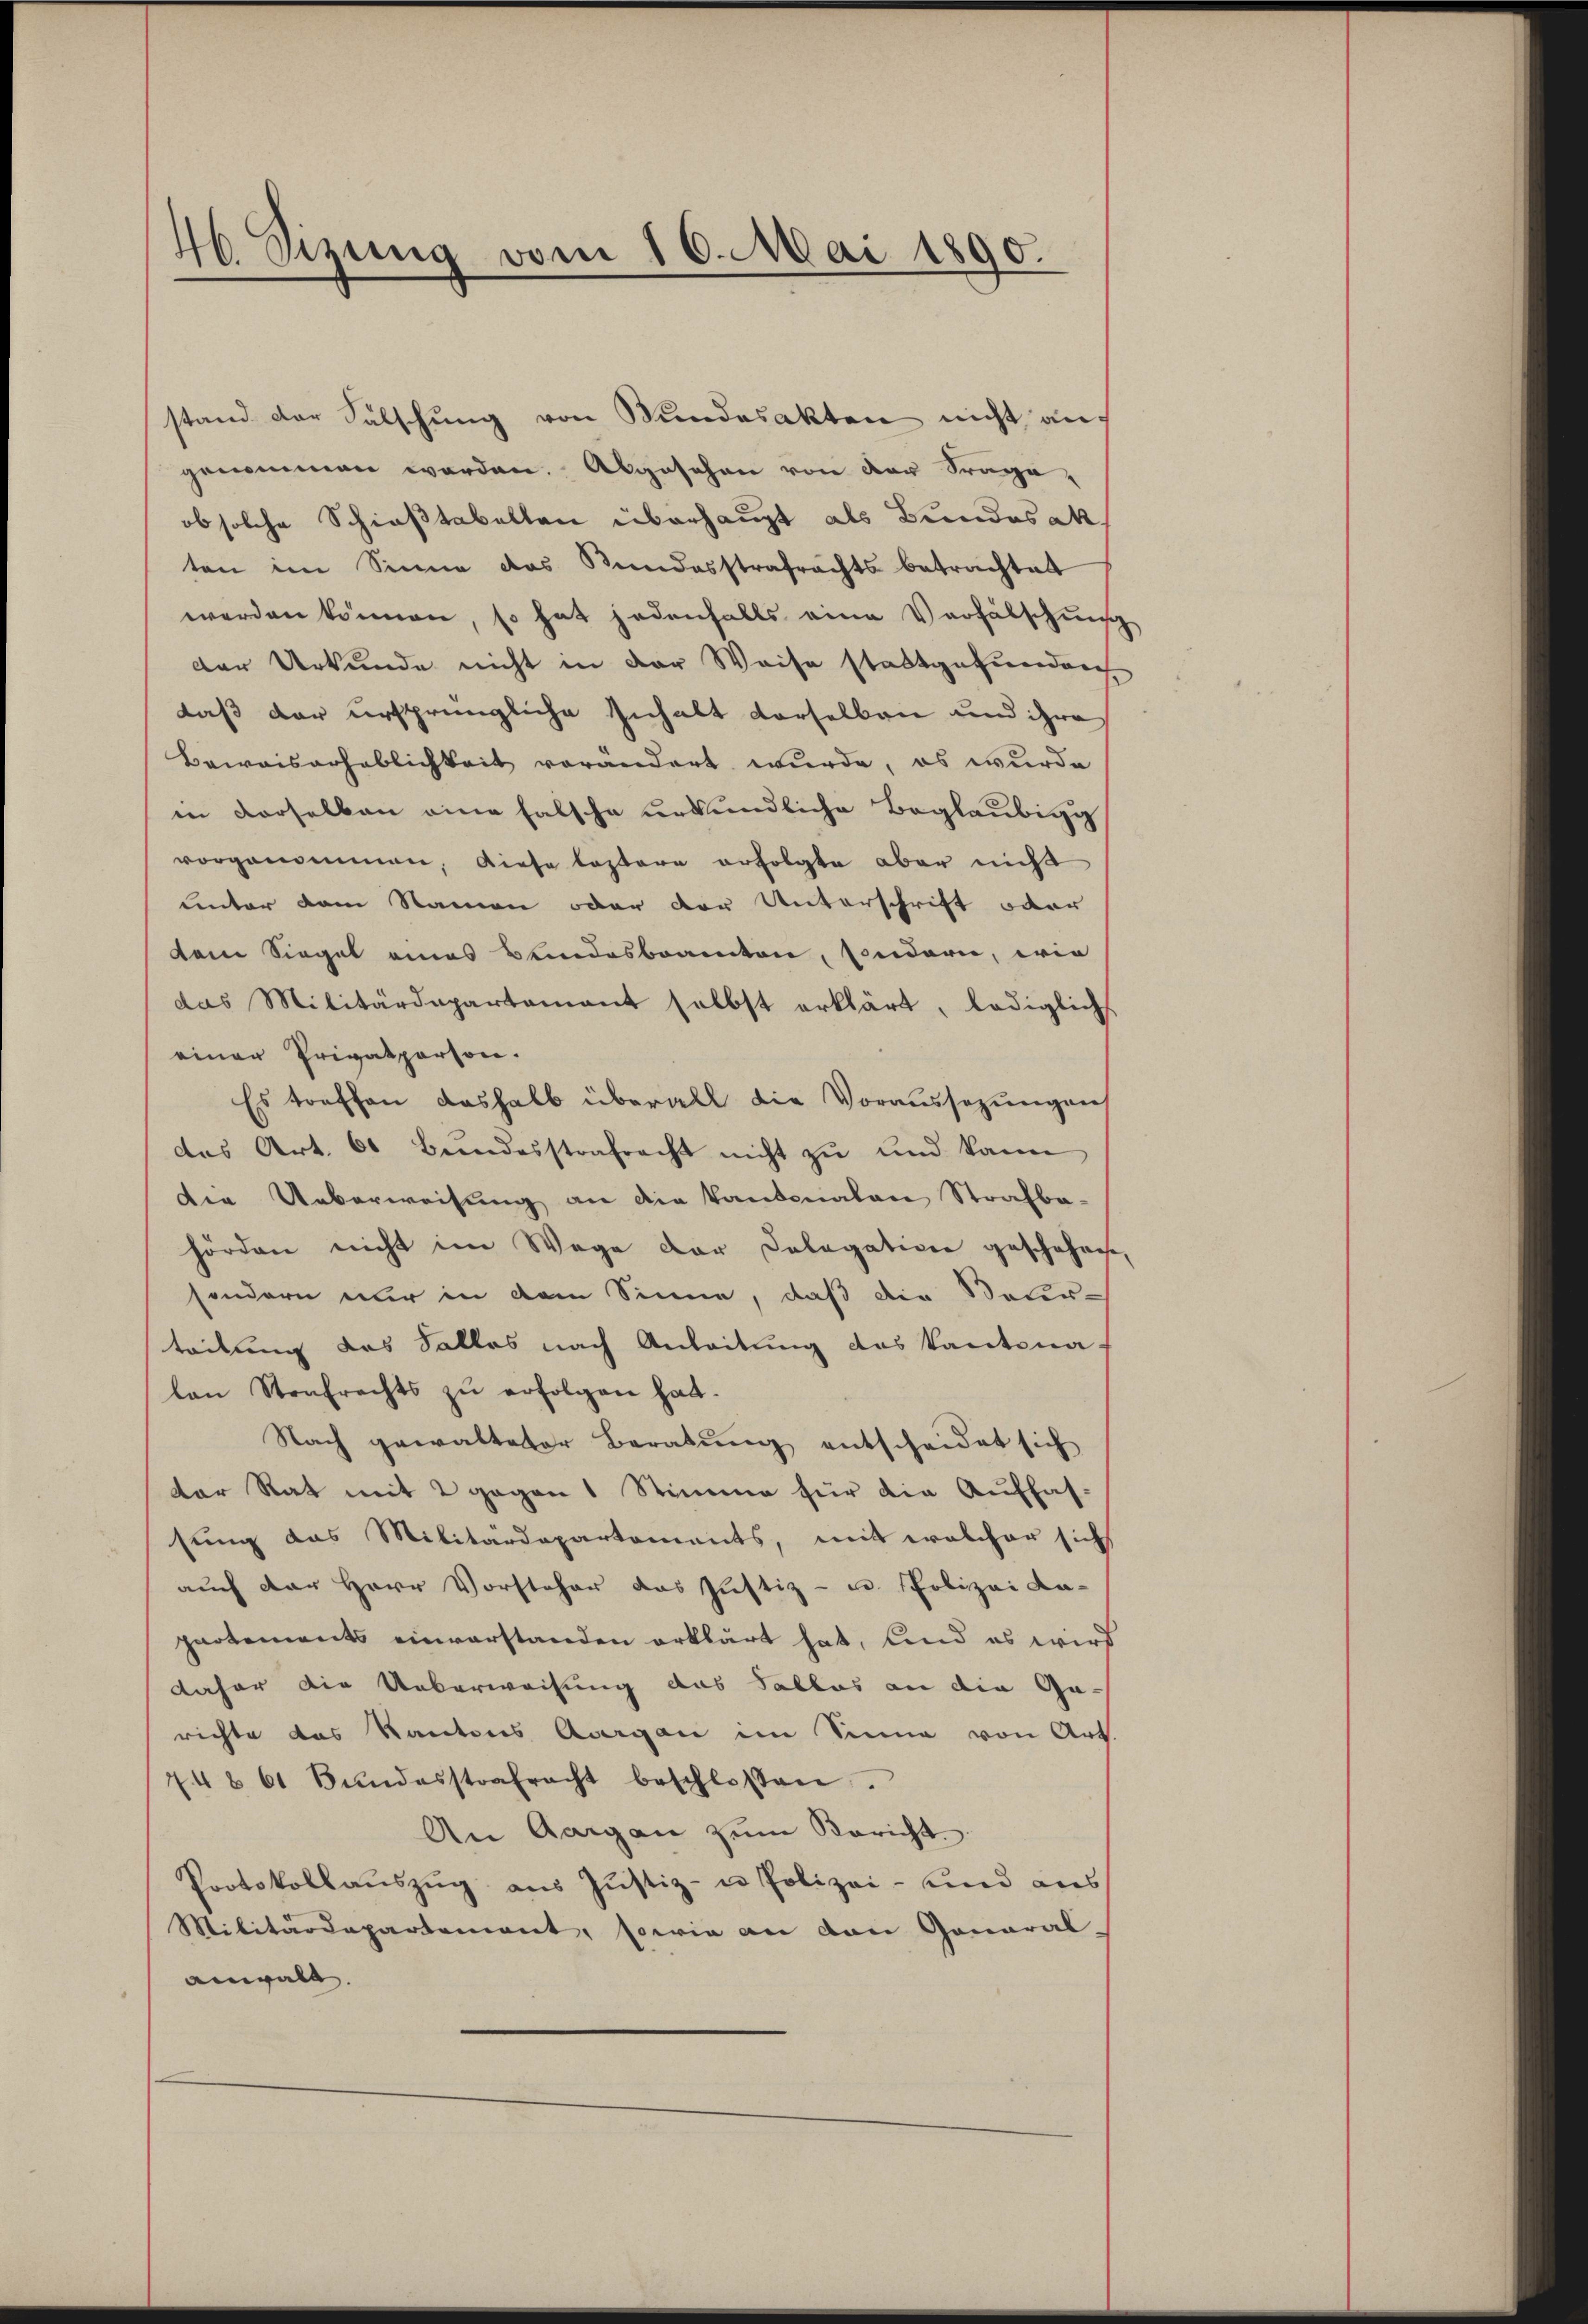
46 Sizung vom 16. Mai 1890.

stand der Falschung von Bundesakten nicht auf
genommen worden. Abgesehen von der Frage,
ob solche Schießtabellen überhaupt als Bundesak
ten im Sinne das Kundesstrafrachts betrachtet
werden können, so hat jedenfalls eine Verfälschun
der Urkunde nicht in der Weise stattgefunden
daß der ursprüngliche Inhalt derselben und ihre
Bewaiserheblichkeit verändert wurde, es wurde
in derselben eine falsche urkundliche Beglaubig
vorgenommen, diese leztere erfolgte aber nicht
unter dem Namen oder der Unterschrift oder
dem Siegel eines Bundesbeamten, sondern, wie
das Militärdepartamant selbst erklärt, lediglich
einer Privatperson.
Es treffen deshalb überall die Voraussezungen
das Art. 60 Bŭndesstrafracht nicht zu und kann
die Ueberweisung an die kantonalen Strafbahörden nicht im Wege der Dologation geschehene,
sondern nur in dem Sinne, daß die Neur-
teilung des Falles nach Anleitung das Kantona
lan Strafrechts zŭ erfolgen hat.
Nach gewalteter Beratŭng entscheidet sich
der Rat mit 2 gegen 1 Stimme für die Auffas-
sung das Militärdepartements, mit welcher sich
auch der Herr Vorsteher das Justiz- u. Polizei Ka-
partements einverstanden erklärt hat, und es wird
daher die Ueberweisung das Sallas an die Gerichte das Kantons Aargau im Sinne von Art.
74 § 61 Bŭndesstrafracht beschlossen.
An Aargau zŭm Bericht.
Protokollaŭszŭg aŭs Jŭstiz- u Polizei- und aus
Militärdepartement, sowie an den General-
annwalt.